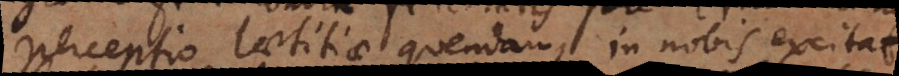
perceptio laetitiae quendam in nobis excitat